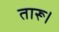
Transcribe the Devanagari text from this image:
तारू।